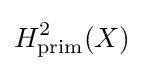
H_{\text{prim}}^{2}(X)